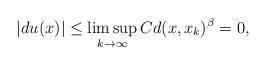
LaTeX: \begin{align*} |du(x)| \leq \limsup_{k \to \infty} C d(x,x_k)^\beta =0,\end{align*}